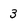
Character: 3